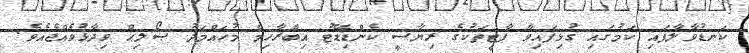
ކަނޑުވާލާފައި ކަމުގައި ގުޅިފައިވާ ޕާޓީތަކުގެ ރިޔާސީ ކެންޑިޑޭޓު އިބްރާހިމް މުހައްމަދު ޞޯލިޙް ވިދާޅުވެއްޖެއެވެ.